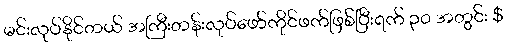
မင်းလုပ်နိုင်တယ် အကြီးတန်းလုပ်ဖော်ကိုင်ဖက်ဖြစ်ပြီးရက် ၃၀ အတွင်း $